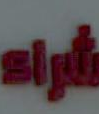
أراء